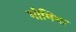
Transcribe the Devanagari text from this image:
मोमिना